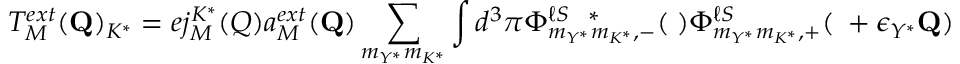
T _ { M } ^ { e x t } ( { \bf Q } ) _ { K ^ { * } } = e j _ { M } ^ { K ^ { * } } ( Q ) a _ { M } ^ { e x t } ( { \bf Q } ) \sum _ { m _ { Y ^ { * } } m _ { K ^ { * } } } \int d ^ { 3 } \pi \Phi _ { m _ { Y ^ { * } } m _ { K ^ { * } } , - } ^ { \ell S ~ ~ * } ( { \bf \pi } ) \Phi _ { m _ { Y ^ { * } } m _ { K ^ { * } } , + } ^ { \ell S } ( { \bf \pi } + \epsilon _ { Y ^ { * } } { \bf Q } )